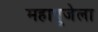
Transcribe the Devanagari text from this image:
महापूजेला